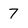
Character: 7